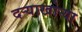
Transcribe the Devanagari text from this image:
दर्‍याखोर्‍या